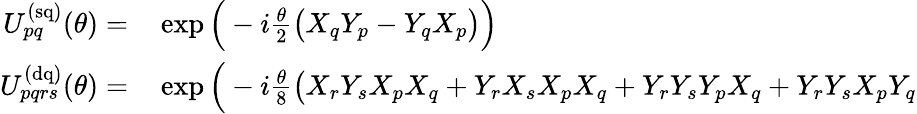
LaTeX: \begin{array}{rl}{U_{pq}^{\mathrm{(sq)}}(\theta)=}&{{}\exp\Big(-i\frac{\theta}{2}\big(X_{q}Y_{p}-Y_{q}X_{p}\big)\Big)}\\ {U_{pqrs}^{\mathrm{(dq)}}(\theta)=}&{{}\exp\Big(-i\frac{\theta}{8}\big(X_{r}Y_{s}X_{p}X_{q}+Y_{r}X_{s}X_{p}X_{q}+Y_{r}Y_{s}Y_{p}X_{q}+Y_{r}Y_{s}X_{p}Y_{q}}\end{array}